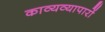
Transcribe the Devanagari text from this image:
काव्यव्यापारों